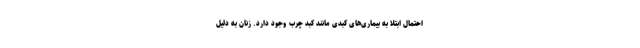
احتمال ابتلا به بیماری‌های کبدی مانند کبد چرب وجود دارد. زنان به دلیل